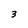
Character: 3